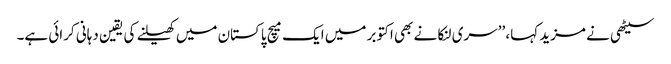
سیٹھی نے مزید کہا، ’’سری لنکا نے بھی اکتوبر میں ایک میچ پاکستان میں کھیلنے کی یقین دہانی کرائی ہے۔